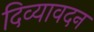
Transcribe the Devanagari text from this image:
दिव्‍यावदन